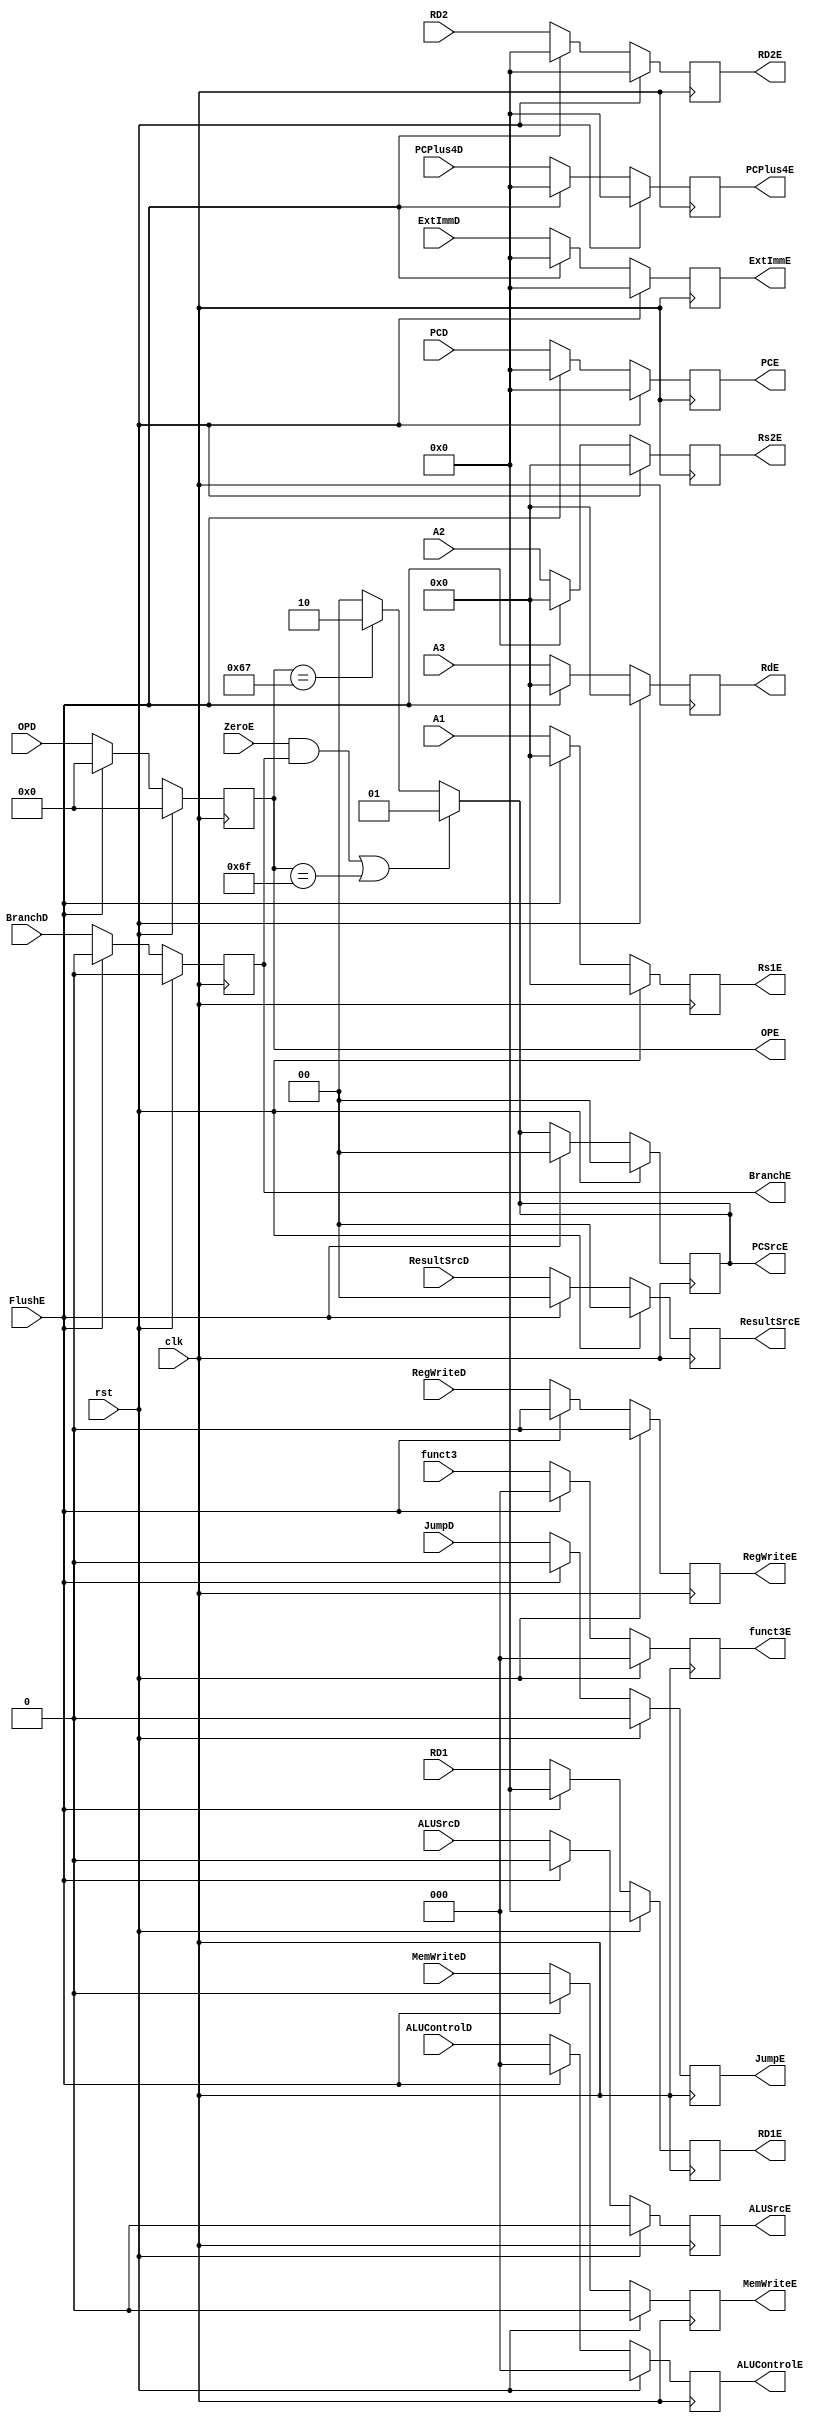
module reglayer_two (
    input [31:0]      PCD, 
    input [31:0]      ExtImmD,
    input [31:0]      PCPlus4D,
    input [31:0]      RD1,
    input [31:0]      RD2,
    input [4:0]       A3,
    input [4:0]       A1,
    input [4:0]       A2,
    input [2:0]       funct3,
    input             rst,
    input             clk,
    input             RegWriteD,
    input             MemWriteD,
    input             JumpD,
    input             BranchD,
    input             ALUSrcD,
    input             ZeroE,
    input             FlushE,
    input [1:0]       ResultSrcD,
    input [2:0]       ALUControlD,
    input [6:0]       OPD,
    output reg        RegWriteE,
    output reg        MemWriteE,
    output reg        JumpE,
    output reg        BranchE,
    output reg        ALUSrcE,
    output reg [1:0]  PCSrcE,
    output reg [1:0]  ResultSrcE,
    output reg [2:0]  ALUControlE,
    output reg [31:0] PCE,
    output reg [31:0] ExtImmE,
    output reg [31:0] PCPlus4E,
    output reg [31:0] RD1E,
    output reg [31:0] RD2E,
    output reg [2:0]  funct3E,
    output reg [4:0]  RdE,
    output reg [4:0]  Rs1E,
    output reg [4:0]  Rs2E,
    output reg [6:0] OPE
);
    always @(posedge clk) begin
        if (rst) begin
            RegWriteE   <= 0;
            MemWriteE   <= 0;
            JumpE       <= 0;
            BranchE     <= 0;
            PCSrcE      <= 2'b00;
            ALUSrcE     <= 0;
            ResultSrcE  <= 2'b00;
            ALUControlE <= 3'b000;
            PCE         <= 32'd0;
            ExtImmE     <= 32'd0;
            PCPlus4E    <= 32'd0;
            RD1E        <= 32'd0;
            RD2E        <= 32'd0;
            funct3E     <= 3'd0;
            RdE         <= 5'd0;
            Rs1E        <= 5'd0;
            Rs2E        <= 5'd0;
            OPE <=7'd0;
        end
        else if (FlushE) begin
            RegWriteE   <= 0;
            MemWriteE   <= 0;
            JumpE       <= 0;
            BranchE     <= 0;
            PCSrcE      <= 2'b00;
            ALUSrcE     <= 0;
            ResultSrcE  <= 2'b00;
            ALUControlE <= 3'b000;
            PCE         <= 32'd0;
            ExtImmE     <= 32'd0;
            PCPlus4E    <= 32'd0;
            RD1E        <= 32'd0;
            RD2E        <= 32'd0;
            funct3E     <= 3'd0;
            RdE         <= 5'd0;
            Rs1E        <= 5'd0;
            Rs2E        <= 5'd0;
            OPE <=7'd0;
        end
        else begin
            RegWriteE   <= RegWriteD;
            MemWriteE   <= MemWriteD;
            JumpE       <= JumpD;
            BranchE     <= BranchD;
            ALUSrcE     <= ALUSrcD;
            ResultSrcE  <= ResultSrcD;
            ALUControlE <= ALUControlD;
            PCE         <= PCD;
            ExtImmE     <= ExtImmD;
            PCPlus4E    <= PCPlus4D;
            RD1E        <= RD1;
            RD2E        <= RD2;
            funct3E     <= funct3;
            RdE         <= A3;//A3=RdD
            Rs1E        <= A1;//A1=Rs1D
            Rs2E        <= A2;//A1=Rs2D
            OPE <=OPD;
        end
        
    end
    
    always @(*) begin    //this is a combinational block, so block assignment should be used
        PCSrcE = ((ZeroE && BranchE) | (OPE==7'b1101111))?2'b01:(OPE==7'b1100111)?2'b10:2'b00;
    end
endmodule